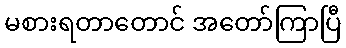
မစားရတာတောင် အတော်ကြာပြီ